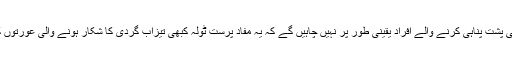
ان تنظیموں و افراد کی پشت پناہی کرنے والے افراد یقینی طور پر نہیں چاہیں گے کہ یہ مفاد پرست ٹولہ کبھی تیزاب گردی کا شکار ہونے والی عورتوں کے لیے آواز اٹھائیں۔